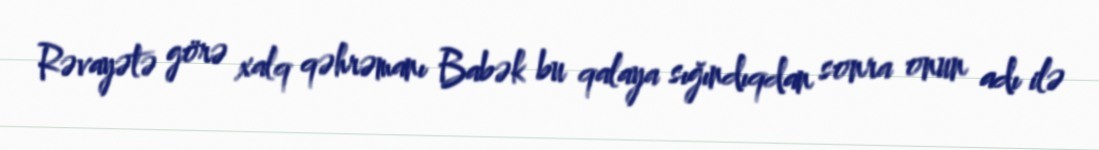
Rəvayətə görə xalq qəhrəmanı Babək bu qalaya sığındıqdan sonra onun adı ilə